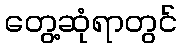
တွေ့ဆုံရာတွင်